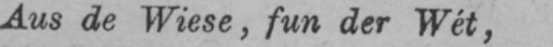
Aus de Wiese, fun der Wèt,